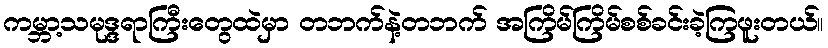
ကမ္ဘာ့သမုဒ္ဒရာကြီးတွေထဲမှာ တဘက်နဲ့တဘက် အကြိမ်ကြိမ်စစ်ခင်းခဲ့ကြဖူးတယ်။